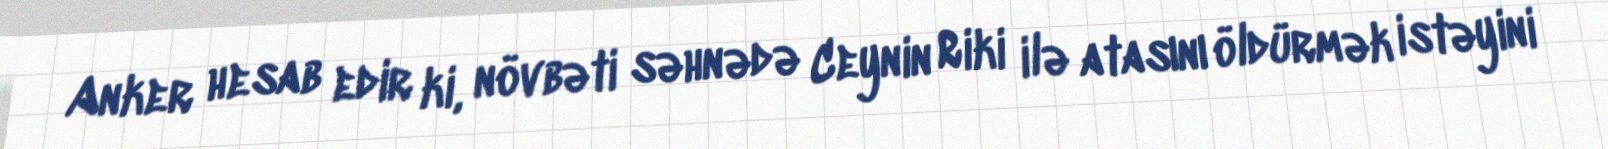
Anker hesab edir ki, növbəti səhnədə Ceynin Riki ilə atasını öldürmək istəyini